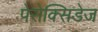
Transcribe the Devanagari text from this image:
पेरोक्सिडेज